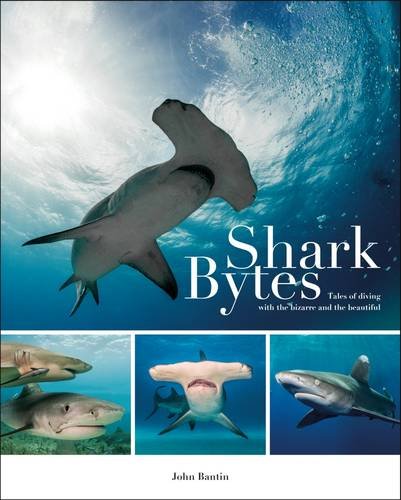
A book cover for Shark Bytes: Tales of Diving with the Bizarre and the Beautiful; John Bantin; Crafts, Hobbies & Home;